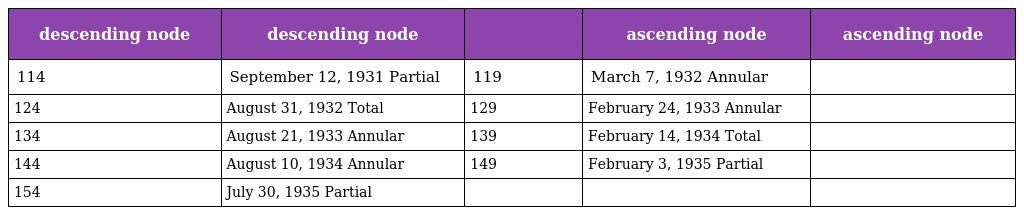
| descending node | descending node |  | ascending node | ascending node |
 | --- | --- | --- | --- | --- |
 | 114 | September 12, 1931 Partial | 119 | March 7, 1932 Annular |  |
 | 124 | August 31, 1932 Total | 129 | February 24, 1933 Annular |  |
 | 134 | August 21, 1933 Annular | 139 | February 14, 1934 Total |  |
 | 144 | August 10, 1934 Annular | 149 | February 3, 1935 Partial |  |
 | 154 | July 30, 1935 Partial |  |  |  |